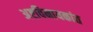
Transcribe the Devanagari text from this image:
अष्टविनायकांत